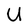
Character: U